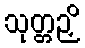
သုတ္တဉှိ